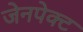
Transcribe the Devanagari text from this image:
जेनपेक्ट